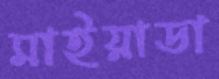
মাইয়াডা